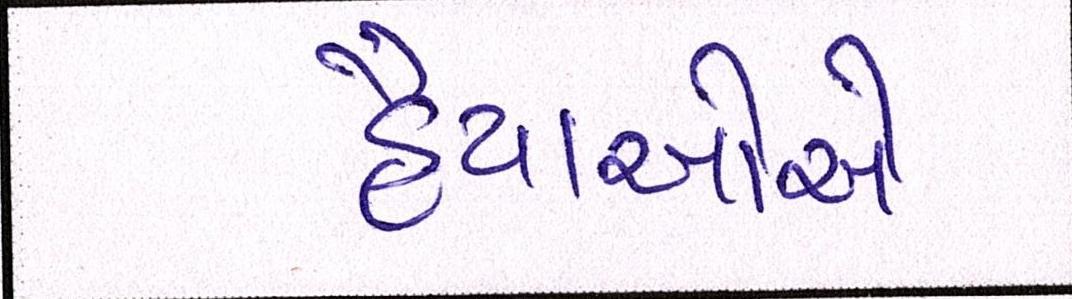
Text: હૈયાઓએ